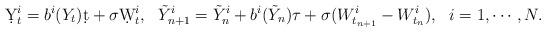
LaTeX: \begin{align*}\d Y_t^i = b^i(Y_t)\d t + \sigma\d W_t^i,~~\tilde Y_{n+1}^i = \tilde Y_n^i + b^i(\tilde Y_n)\tau + \sigma (W_{t_{n+1}}^i-W_{t_n}^i),~~i=1,\cdots,N.\end{align*}